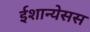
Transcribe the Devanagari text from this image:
ईशान्येसस